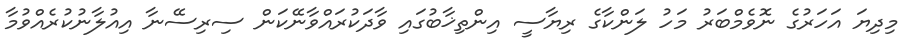
މިދިޔަ އަހަރުގެ ނޮވެމްބަރު މަހު ލަންކާގެ ރިޔާސީ އިންތިޚާބުގައި ވާދަކުރައްވާނޭކަން ސިރިސޭނާ އިއުލާނުކުރެއްވުމާ